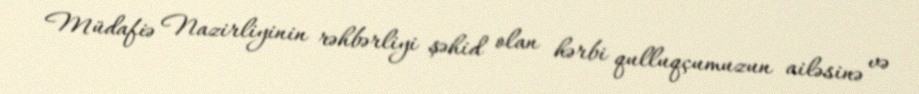
Müdafiə Nazirliyinin rəhbərliyi şəhid olan hərbi qulluqçumuzun ailəsinə və